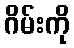
ဂိမ်းကို